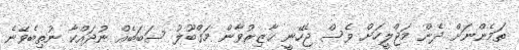
ތަމެންނަށް ދެން މަޖްލީހަށް ވެސް ޖެހޭނީ ހާޒިރުވާން މަގްބޫލު ސަބަބެއް ނުދައްކާ ނުތިބެވޭނެ